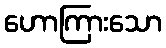
ဟောကြားသော